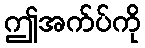
ဤအက်ပ်ကို